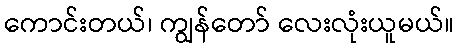
ကောင်းတယ်၊ ကျွန်တော် လေးလုံးယူမယ်။